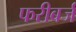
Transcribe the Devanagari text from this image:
फरीबर्ज